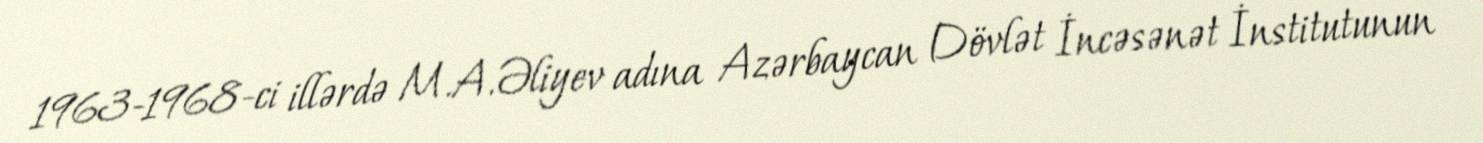
1963-1968-ci illərdə M.A.Əliyev adına Azərbaycan Dövlət İncəsənət İnstitutunun